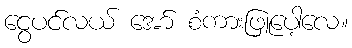
ငွေပင်လယ် အော် စံကားဖြူပေါ့လေ။